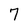
Character: 7